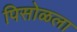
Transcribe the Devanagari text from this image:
पिसोळला